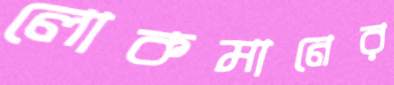
লোকমানের